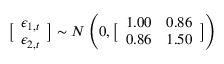
\bigl [ \begin{array} { l } { \epsilon _ { 1 , t } } \\ { \epsilon _ { 2 , t } } \end{array} \bigr ] \sim N \left( 0 , \bigl [ \begin{array} { l l } { 1 . 0 0 } & { 0 . 8 6 } \\ { 0 . 8 6 } & { 1 . 5 0 } \end{array} \bigr ] \right)